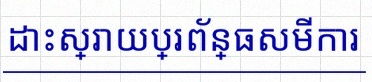
ដោះស្រាយប្រព័ន្ធសមីការ